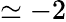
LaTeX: \simeq-2